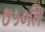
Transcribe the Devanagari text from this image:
७५०लि